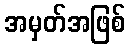
အမှတ်အဖြစ်